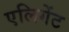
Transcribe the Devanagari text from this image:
एलिगेंट